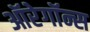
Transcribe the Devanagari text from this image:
ऑरेगॉन्स